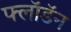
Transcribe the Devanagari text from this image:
फ्लॉडॅन